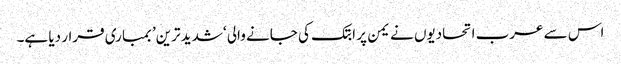
اس سے عرب اتحادیوں نے یمن پر ابتک کی جانے والی ‘شدید ترین’ بمباری قرار دیا ہے۔